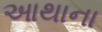
આથાના